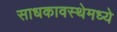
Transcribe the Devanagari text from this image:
साधकावस्थेमध्ये